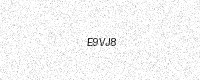
Text: E9VJ8